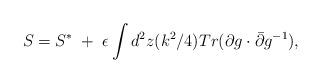
LaTeX: \begin{align*}S=S^{*}\;+\;\epsilon\int d^2z(k^2/4) Tr(\partial g\cdot\bar\partial g^{-1}),\end{align*}